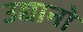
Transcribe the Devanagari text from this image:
उद्यानो